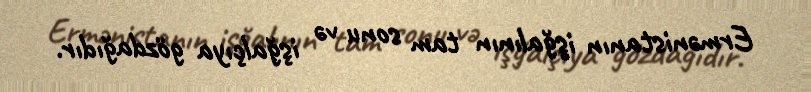
Ermənistanın işğalının tam sonu və işğalçıya gözdağıdır.